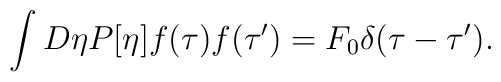
\int D \eta P[\eta] f(\tau) f(\tau^{\prime})  =F_0 \delta(\tau- \tau^{\prime}).